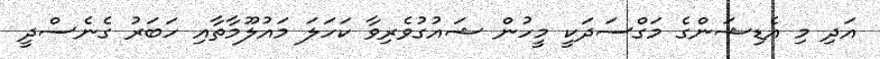
އަދި މި އެޑިޝަންގެ މަގްސަދަކީ މީހުން ޝައުގުވެރިވާ ކަހަލަ މައުލޫމާތާއި ހަބަރު ގެނެސްދީ